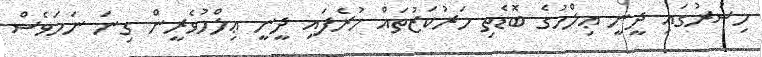
މިސުރުގައި ދީނީ ޢިލްމުގެ ބޮޑެތި މަރުކަޒުތައް ހުރެފައި ދީނީ ޢިލްމުވެރީން ގިނަ ނަމަވެސް